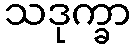
သဒုက္ခာ